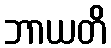
ဘာယတိ